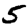
Digit: 5